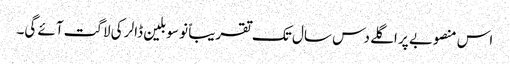
اس منصوبے پر اگلے دس سال تک تقریباً نو سو بلین ڈالر کی لاگت آئے گی۔